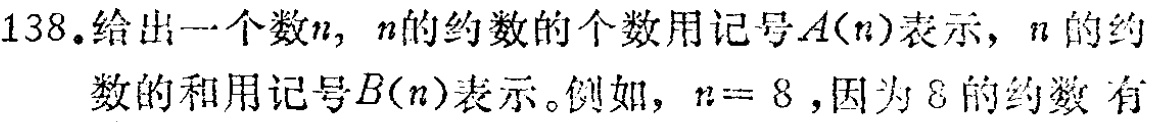
138. 给出一个数\(n\)，\(n\)的约数的个数用记号\(A(n)\)表示，\(n\)的约数的和用记号\(B(n)\)表示。例如，\(n = 8\)，因为\(8\)的约数有